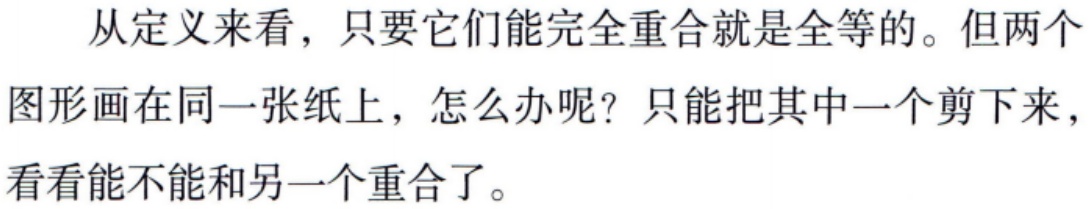
从定义来看，只要它们能完全重合就是全等的。但两个图形画在同一张纸上，怎么办呢？只能把其中一个剪下来，看看能不能和另一个重合了。